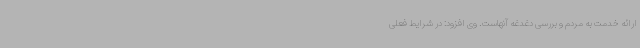
ارائه خدمت به مردم و بررسی دغدغه آنهاست. وی افزود: در شرایط فعلی